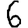
Digit: 6